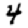
Digit: 4